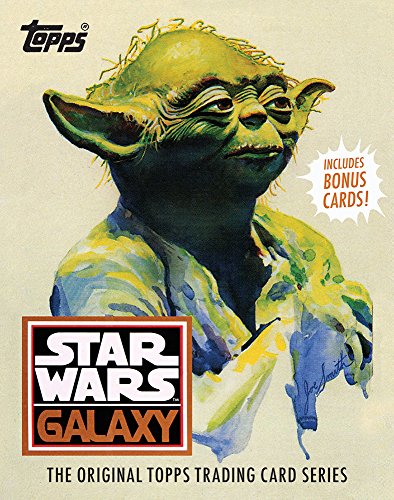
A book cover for Star Wars Galaxy: The Original Topps Trading Card Series; The Topps Company; Humor & Entertainment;